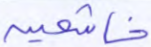
خاشعين